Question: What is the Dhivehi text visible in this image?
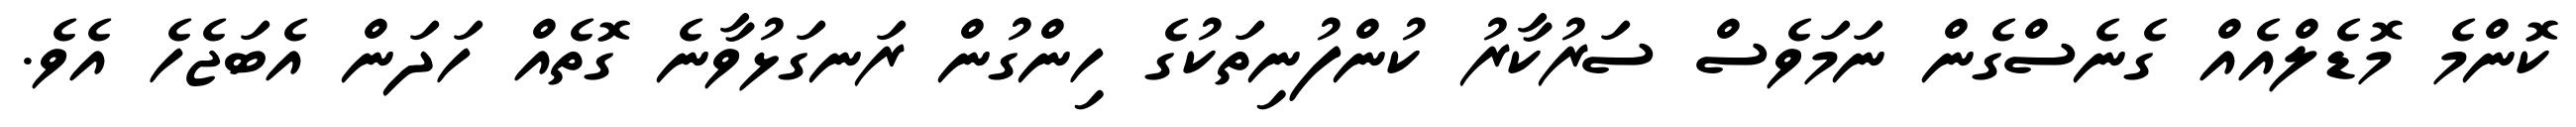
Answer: ކޮންމެ މޮޑެލްއެއް ގެނެސްގެން ނަމަވެސް ސަރުކާރު ކުންފުނިތަކުގެ ހިންގުން ރަނގަޅުވާނެ ގޮތެއް ހަދަން އެބަޖެހެ އެވެ.